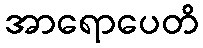
အာရောပေတိ